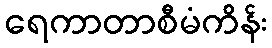
ရေကာတာစီမံကိန်း